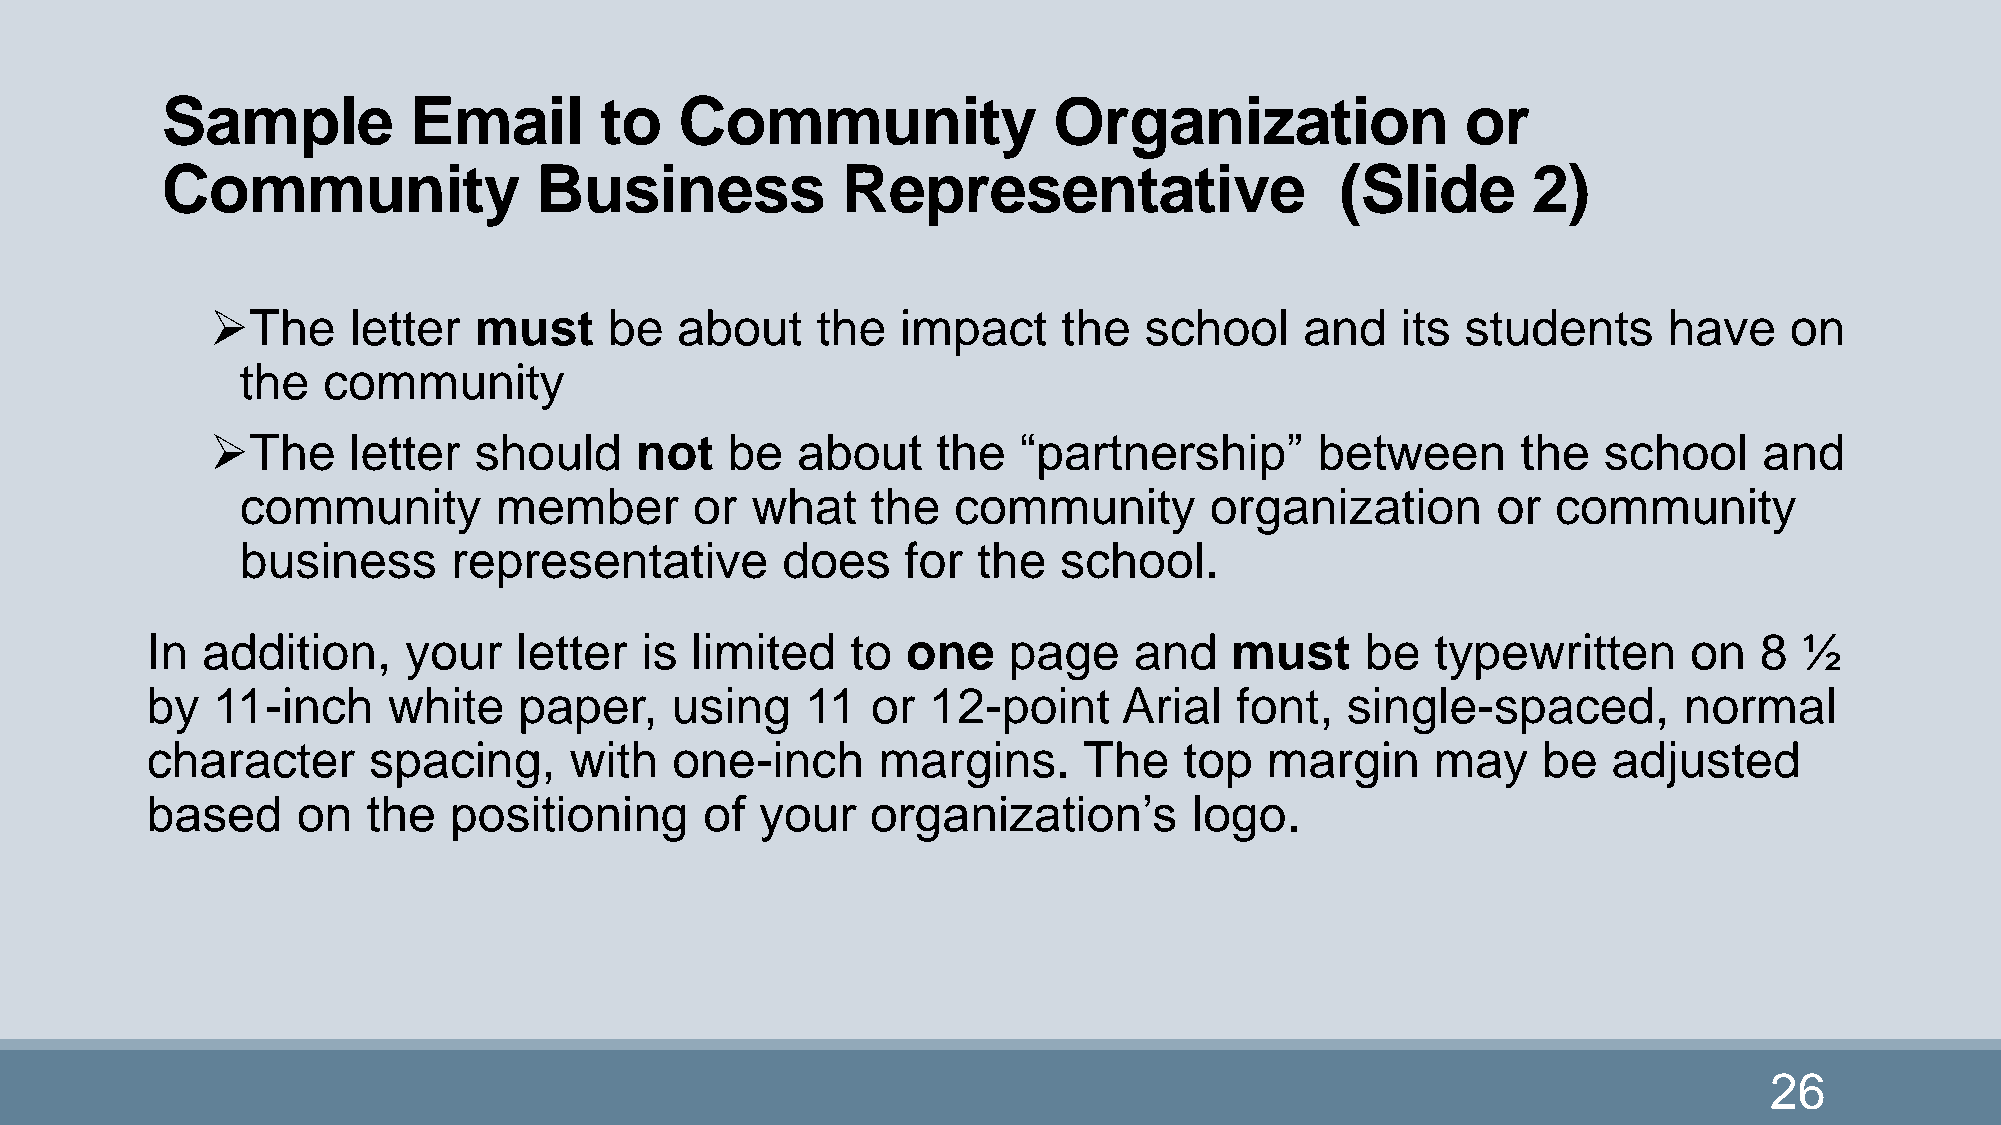
Sample          Email        to   Community                Organization               or
 Community               Business             Representative                   (Slide      2)
 The     letter  must     be   about    the   impact    the   school    and    its students     have    on
 the  community
 The     letter  should     not   be   about    the  “partnership”       between       the  school     and
 community        member       or  what    the  community        organization       or  community
 business      representative        does    for  the  school.
 In addition,     your   letter  is  limited   to  one    page    and   must     be   typewritten      on  8  ½
 by  11-inch     white   paper,    using    11   or 12-point     Arial   font,  single-spaced,        normal
 character     spacing,      with  one-inch      margins.      The   top   margin     may    be   adjusted
 based     on  the   positioning      of your    organization’s       logo.
 26